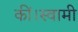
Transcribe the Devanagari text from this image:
कीं।स्वामी